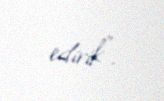
edirik”.